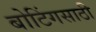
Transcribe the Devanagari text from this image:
बोटिंगसाठी